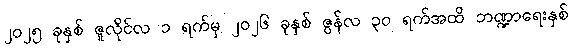
၂၀၂၅ ခုနှစ် ဇူလိုင်လ ၁ ရက်မှ ၂၀၂၆ ခုနှစ် ဇွန်လ ၃၀ ရက်အထိ ဘဏ္ဍာရေးနှစ်